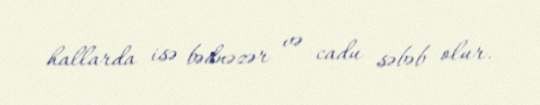
hallarda isə bədnəzər və cadu səbəb olur.